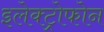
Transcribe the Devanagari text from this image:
इलेक्ट्रोफोन